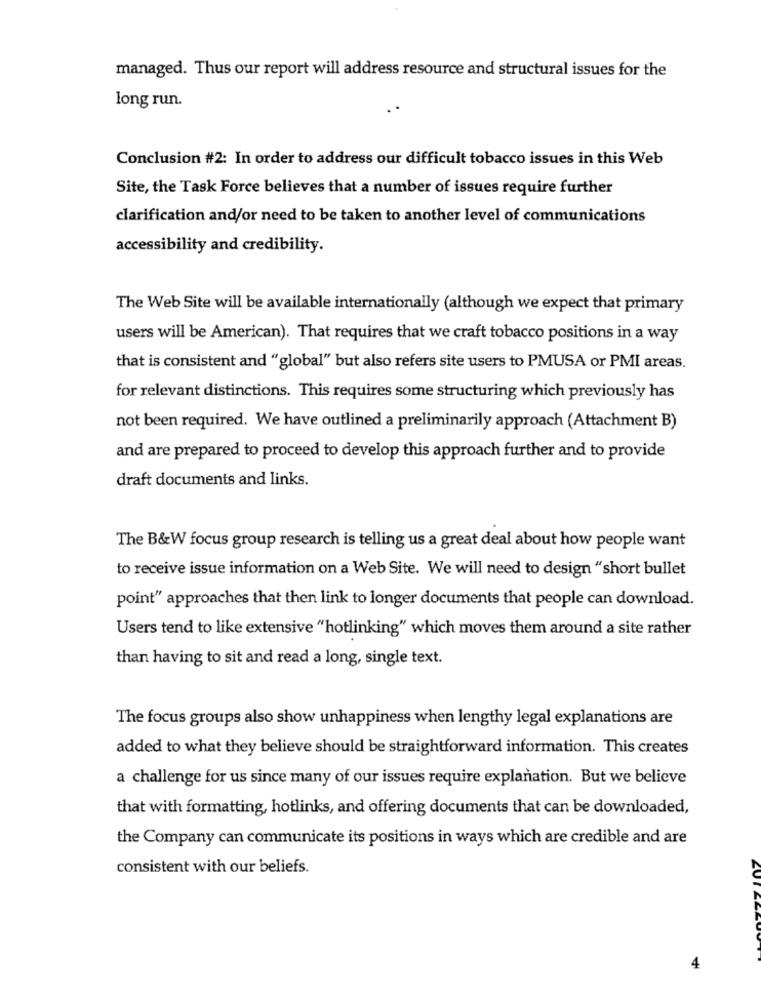
managed. Thus our report will address resource and structural issues for the
long run.
Conclusion #2: In order to address our difficult tobacco issues in this Web
Site, the Task Force believes that a number of issues require further
clarification and/or need to be taken to another level of communications
accessibility and credibility.
The Web Site will be available internationally (although we expect that primary
users will be American). That requires that we craft tobacco positions in a way
that is consistent and "global" but also refers site users to PMUSA or PMI areas.
for relevant distinctions. This requires some structuring which previously has
not been required. We have outlined a preliminarily approach (Attachment B)
and are prepared to proceed to develop this approach further and to provide
draft documents and links.
The B&W focus group research is telling us a great deal about how people want
to receive issue information on a Web Site. We will need to design "short bullet
point" approaches that then link to longer documents that people can download.
Users tend to like extensive "hotlinking" which moves them around a site rather
than having to sit and read a long, single text.
The focus groups also show unhappiness when lengthy legal explanations are
added to what they believe should be straightforward information. This creates
a challenge for us since many of our issues require explanation. But we believe
that with formatting, hotlinks, and offering documents that can be downloaded,
the Company can communicate its positions in ways which are credible and are
consistent with our beliefs.
4